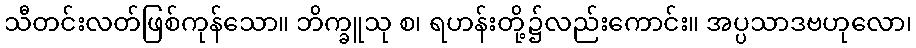
သီတင်းလတ်ဖြစ်ကုန်သော။ ဘိက္ခူသု စ၊ ရဟန်းတို့၌လည်းကောင်း။ အပ္ပသာဒဗဟုလော၊